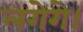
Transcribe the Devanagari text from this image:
लगेगे।